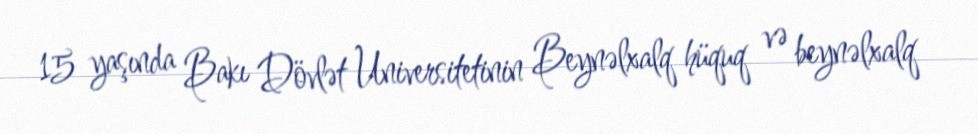
15 yaşında Bakı Dövlət Universitetinin Beynəlxalq hüquq və beynəlxalq